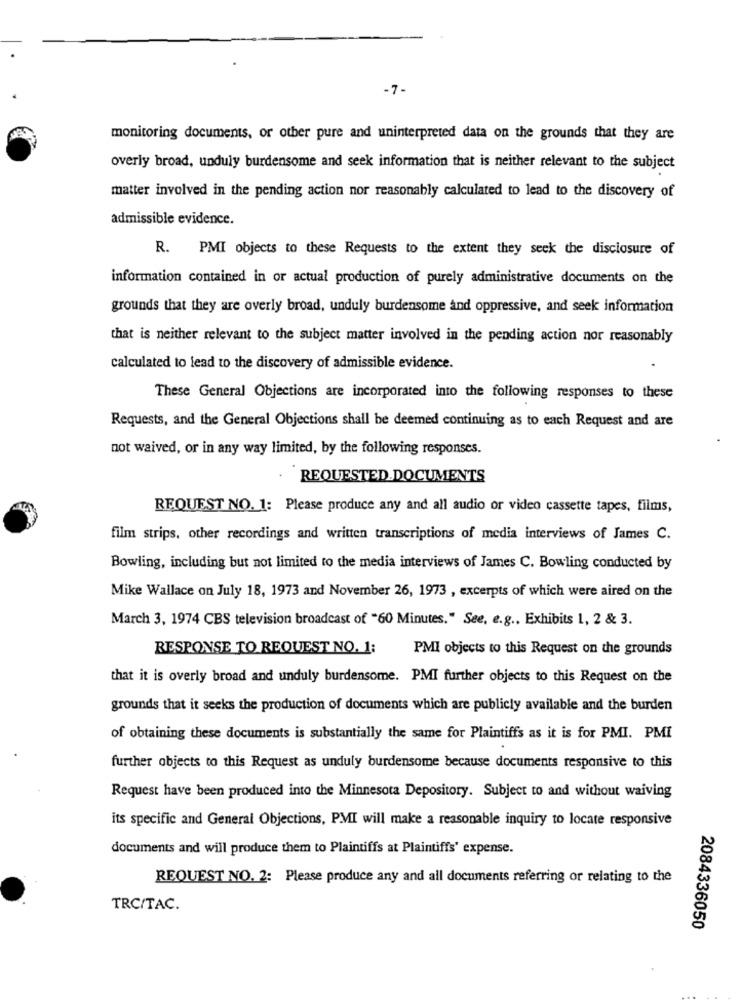
-7-
monitoring documents, or other pure and uninterpreted data on the grounds that they are
overly broad, unduly burdensome and seek information that is neither relevant to the subject
matter involved in the pending action nor reasonably calculated to lead to the discovery of
admissible evidence.
R.
PMI objects to these Requests to the extent they seek the disclosure of
information contained in or actual production of purely administrative documents on the
grounds that they are overly broad, unduly burdensome and oppressive, and seek information
that is neither relevant to the subject matter involved in the pending action nor reasonably
calculated to lead to the discovery of admissible evidence.
These General Objections are incorporated into the following responses to these
Requests, and the General Objections shall be deemed continuing as to each Request and are
not waived, or in any way limited, by the following responses.
REQUESTED.DOCUMENTS
REQUEST NO. 1: Please produce any and all audio or video cassette tapes, films,
film strips, other recordings and written transcriptions of media interviews of James C.
Bowling, including but not limited to the media interviews of James C. Bowling conducted by
Mike Wallace on July 18, 1973 and November 26, 1973 , excerpts of which were aired on the
March 3, 1974 CBS television broadcast of "60 Minutes." See, e.g ., Exhibits 1, 2 & 3.
RESPONSE TO REQUEST NO. 1:
PMI objects to this Request on the grounds
that it is overly broad and unduly burdensome. PMI further objects to this Request on the
grounds that it seeks the production of documents which are publicly available and the burden
of obtaining these documents is substantially the same for Plaintiffs as it is for PMI. PMI
further objects to this Request as unduly burdensome because documents responsive to this
Request have been produced into the Minnesota Depository. Subject to and without waiving
its specific and General Objections, PMI will make a reasonable inquiry to locate responsive
documents and will produce them to Plaintiffs at Plaintiffs' expense.
REQUEST NO. 2: Please produce any and all documents referring or relating to the
TRCITAC.
2084336050